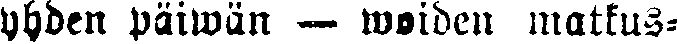
yhden päiwän — woiden matkus-